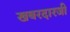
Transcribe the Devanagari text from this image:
खबरदारजी